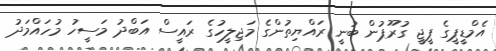
އެމްޑީޕީގެ ޕީޖީ ގުރޫޕުން ބުނީ ރައްޔިތުންގެ މަޖިލީހުގެ ރައީސް އަބްދު މަސީހު މުހައްމަދު